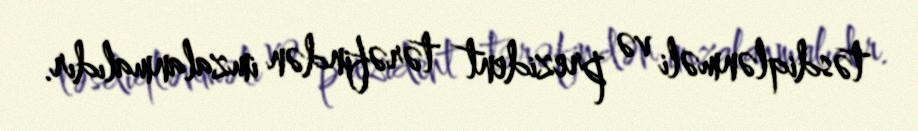
təsdiqlənməli və prezident tərəfindən imzalanmalıdır.